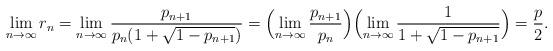
LaTeX: \begin{align*}\lim_{n\rightarrow \infty}r_n=\lim_{n\rightarrow \infty}\frac{p_{n+1}}{p_n(1+\sqrt{1-p_{n+1}})}=\Bigl(\lim_{n\rightarrow\infty}\frac{p_{n+1}}{p_n}\Bigr)\Bigl(\lim_{n\rightarrow\infty}\frac{1}{1+\sqrt{1-p_{n+1}}}\Bigr)=\frac{p}{2}.\end{align*}